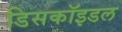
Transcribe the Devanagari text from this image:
डिसकॉइडल